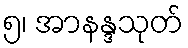
၅၊ အာနန္ဒသုတ်